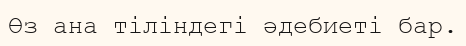
Өз ана тіліндегі әдебиеті бар.